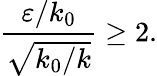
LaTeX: \frac{\varepsilon/k_{0}}{\sqrt{k_{0}/k}}\ge 2.